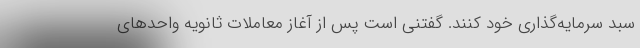
سبد سرمایه‌گذاری خود کنند. گفتنی است پس از آغاز معاملات ثانویه واحدهای